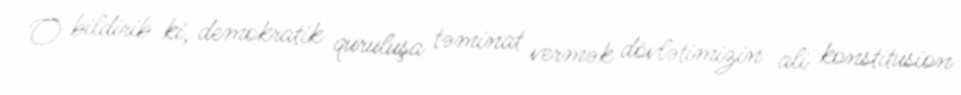
O bildirib ki, demokratik quruluşa təminat vermək dövlətimizin ali konstitusion